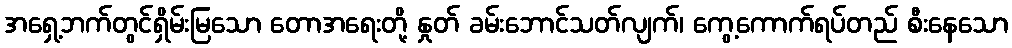
အရှေ့ဘက်တွင်ရှိမ်းမြသော တောအရေးတို့ နှုတ် ခမ်းဘောင်သတ်လျက်၊ ကွေ့ကောက်ရပ်တည် စီးနေသော